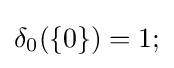
\delta _{0}(\{0\})=1;